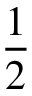
\frac 1 2